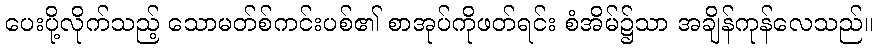
ပေးပို့လိုက်သည့် သောမတ်စ်ကင်းပစ်၏ စာအုပ်ကိုဖတ်ရင်း စံအိမ်၌သာ အချိန်ကုန်လေသည်။